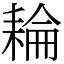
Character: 耣